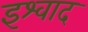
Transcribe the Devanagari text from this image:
इश्वाद